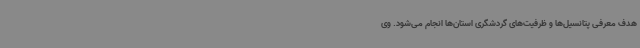
هدف معرفی پتانسیل‌ها و ظرفیت‌های گردشگری استان‌ها انجام می‌شود. وی